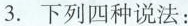
3. 下列四种说法：